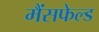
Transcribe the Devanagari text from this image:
मैंसफेल्ड